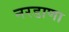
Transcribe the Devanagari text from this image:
नरडाणा